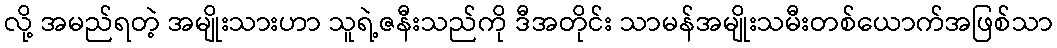
လို့ အမည်ရတဲ့ အမျိုးသားဟာ သူရဲ့ဇနီးသည်ကို ဒီအတိုင်း သာမန်အမျိုးသမီးတစ်ယောက်အဖြစ်သာ